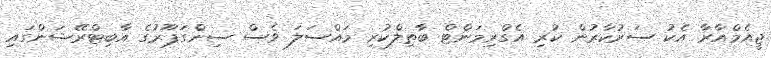
ޖީއެމްއާރާ އެކު ސަރުކާރުން ކުރި އެގްރިމަންޓް ބާތިލްކުރި މައްސަލަ ވެސް ސިންގަޕޫރުގެ އާބިޓްރޭޝަންގައި